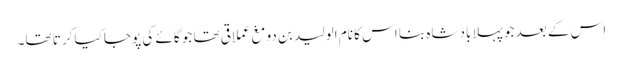
اس کے بعد جو پہلا بادشاہ بنا اس کا نام الولید بن دومغ عملاقی تھا جو گائے کی پوجا کیا کرتا تھا۔